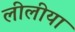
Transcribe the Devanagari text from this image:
लीलीया